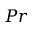
P r